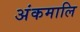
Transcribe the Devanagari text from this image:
अंकमालि